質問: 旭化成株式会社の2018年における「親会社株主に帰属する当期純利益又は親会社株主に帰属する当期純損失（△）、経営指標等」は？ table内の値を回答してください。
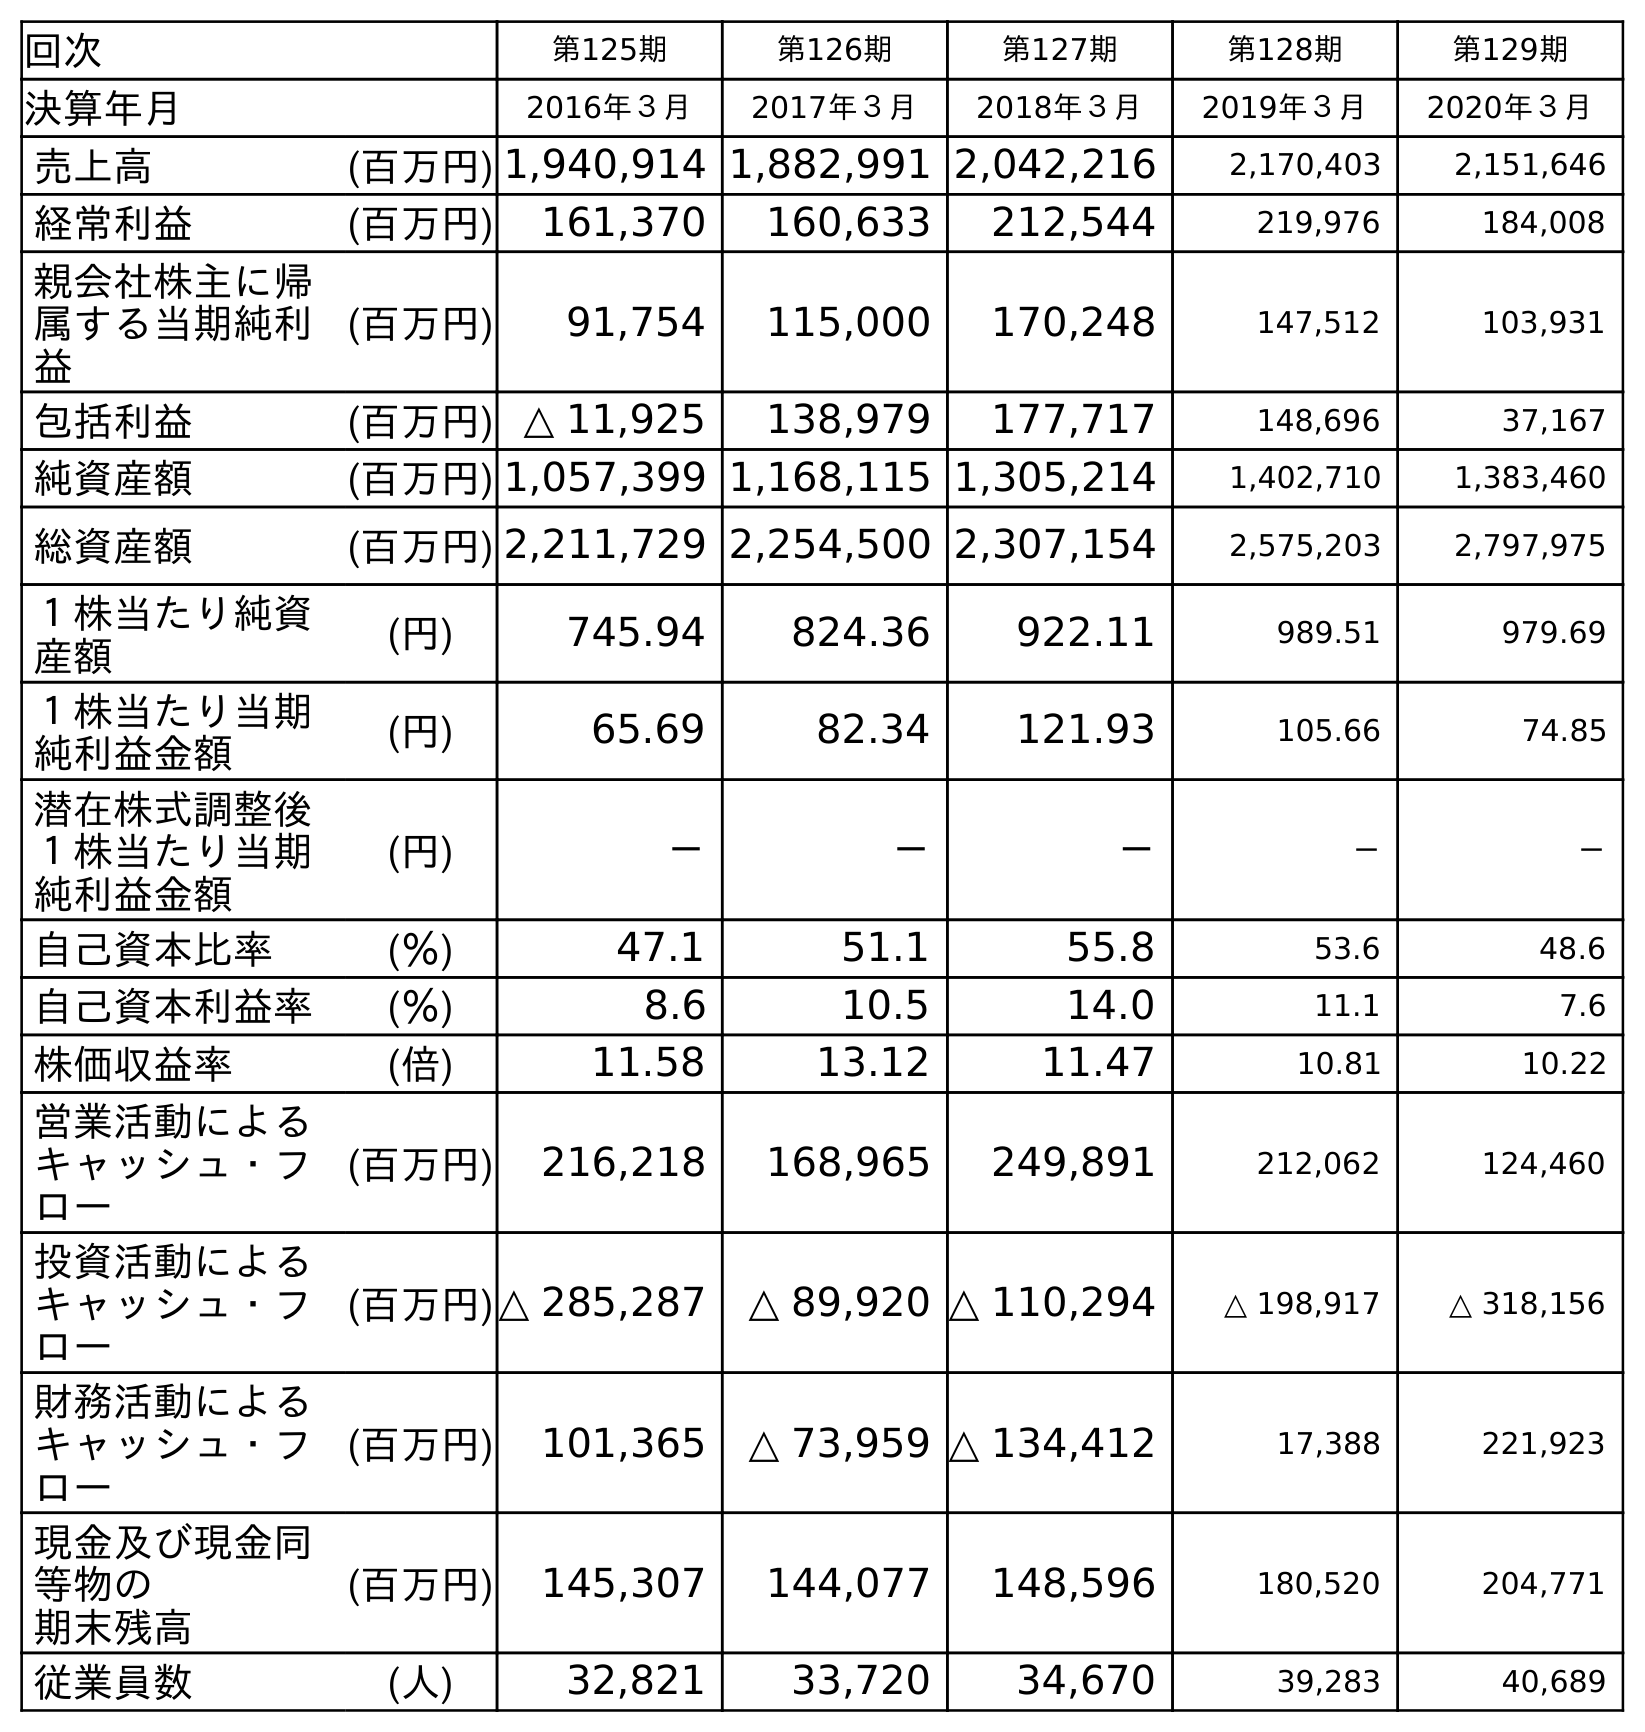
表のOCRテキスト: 回次 第125期 第126期 第127期 第128期 第129期 決算年月 2016年３月 2017年３月 2018年３月 2019年３月 2020年３月 売上高 (百万円) 1,940,914 1,882,991 2,042,216 2,170,403 2,151,646 経常利益 (百万円) 161,370 160,633 212,544 219,976 184,008 親会社株主に帰 属する当期純利 益 (百万円) 91,754 115,000 170,248 147,512 103,931 包括利益 (百万円) △ 11,925 138,979 177,717 148,696 37,167 純資産額 (百万円) 1,057,399 1,168,115 1,305,214 1,402,710 1,383,460 総資産額 (百万円) 2,211,729 2,254,500 2,307,154 2,575,203 2,797,975 １株当たり純資 産額 (円) 745.94 824.36 922.11 989.51 979.69 １株当たり当期 純利益金額 (円) 65.69 82.34 121.93 105.66 74.85 潜在株式調整後 １株当たり当期 純利益金額 (円) － － － － － 自己資本比率 (％) 47.1 51.1 55.8 53.6 48.6 自己資本利益率 (％) 8.6 10.5 14.0 11.1 7.6 株価収益率 (倍) 11.58 13.12 11.47 10.81 10.22 営業活動による キャッシュ・フ ロー (百万円) 216,218 168,965 249,891 212,062 124,460 投資活動による キャッシュ・フ ロー (百万円)△ 285,287 △ 89,920 △ 110,294 △ 198,917 △ 318,156 財務活動による キャッシュ・フ ロー (百万円) 101,365 △ 73,959 △ 134,412 17,388 221,923 現金及び現金同 等物の 期末残高 (百万円) 145,307 144,077 148,596 180,520 204,771 従業員数 (人) 32,821 33,720 34,670 39,283 40,689
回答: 170,248